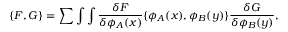
\{ F , G \} = \sum \int \int { \frac { \delta F } { \delta \phi _ { A } ( x ) } } \{ \phi _ { A } ( x ) , \phi _ { B } ( y ) \} { \frac { \delta G } { \delta \phi _ { B } ( y ) } } ,